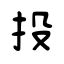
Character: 投